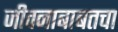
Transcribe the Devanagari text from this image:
जीवनाबाबतचा